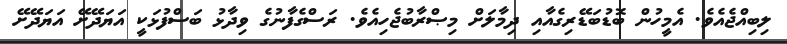
ލިބިއްޖެއެވެ. އެމީހުން ބޮޑުބަޑޭރިގެއާއި ދިމާލަށް މިޞްރާބުޖެހިއެވެ. ރަސްގެފާނުގެ ވިދާޅު ބަސްފުޅަކީ އަޔަދޭށޭ އަޔަދޭށޭ